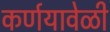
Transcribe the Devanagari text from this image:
कर्णयावेळी